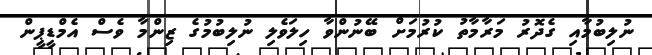
ނުލިބުމާއި ގެދޮރު މަރާމާތު ކުރުމަށް ބޭނުންވާ ހިލަވެލި ނުލިބުމުގެ ޒިންމާ ވެސް އެމްޑީޕީން